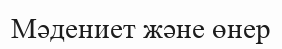
Мәдениет және өнер